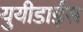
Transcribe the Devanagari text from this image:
युयीडाईस